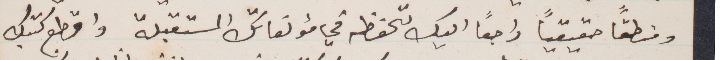
ومنطقًا حقيقيًا راجعًا اليك تحفظه في مؤلفاتك المستقبلة واقطع كتبك